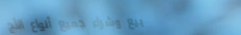
بيع وشراء جميع أنواع الأج